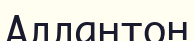
Аллантон